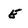
Character: E